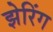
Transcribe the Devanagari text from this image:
झेरिंग